Annual report of the Madras Medical College
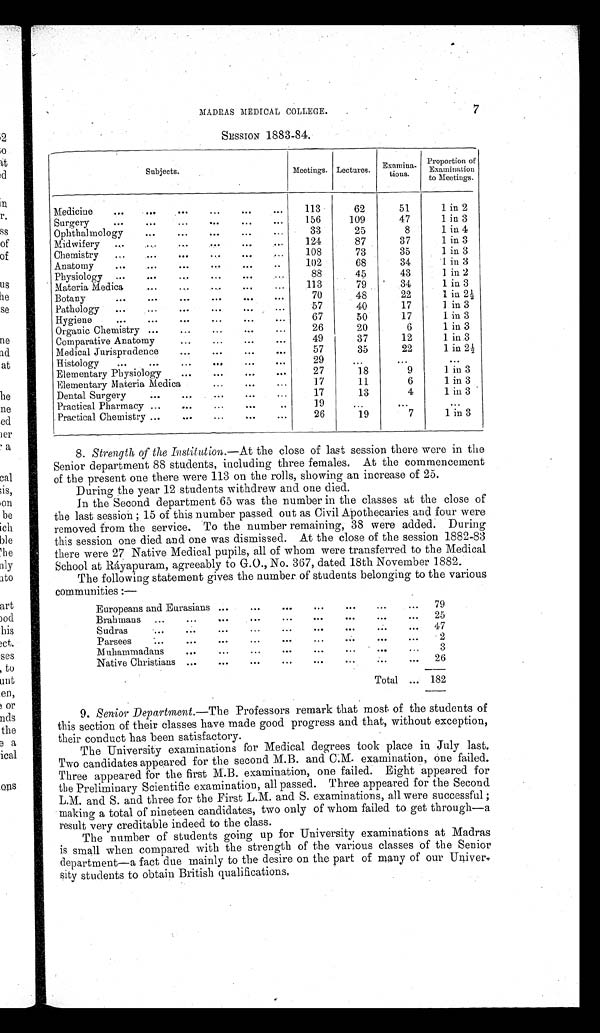
MADRAS MEDICAL COLLEGE.
7
SESSION 1883-84.
Subjects.
Meetings. Lectures.
Examina
tions.
Proportion of
Examination
to Meetings.
Medicine
113
62
51
1 in 2
Surgery
156
109
47
1 in 3
Ophthalmology
33
2 5
8
1 in 4
Midwifery
124
87
37
1 in 3
Chemistry
108
73
35
1 in 3
Anatomy
102
68
34
1 in 3
Physiology
88
45
43
1 in 2
Materia Medica
113
79
34
1 in 3
Botany
70
48
22
1 in 2
½
Pathology
57
40
17
1 in 3
Hygiene
67
50
17
1 in 3
Organic Chemistry
26
20
6
1 in 3
Comparative Anatomy
49
37
12
1 in 3
Medical Jurisprudence
57
35
22
1 in 2½
Histology
29
Elementary Physiology
27
18
9
1 in 3
Elementary Materia Medica
11
6
1 in 3
Dental Surgery
17
13
4
1 in 3
Practical Pharmacy
19
Practical Chemistry
26
19
7
1 in 3
8.
Strength of the Institution. —At the close of last session there were in the
Senior department 88 students, including three females. At the commencement
of the present one there were 113 on the rolls, showing an increase of 25.
During the year 12 students withdrew and one died.
In the Second department 65 was the number in the classes at the close of
the last session; 15 of this number passed out as Civil Apothecaries and four were
removed from the service. To the number remaining, 38 were added. During
this session one died and one was dismissed. At the close of the session 1882-83
there were 27 Native Medical pupils, all of whom were transferred to the Medical
School at Ráyapuram, agreeably to G.O., No. 367, dated 18th November 1882.
The following statement gives the number of students belonging to the various
communities:—
Europeans and Eurasians
79
Brahmans
25
Sudras
47
Parsees
2
Muhammadans
3
Native Christians
26
Total
182
9.
Senior Department. —The Professors remark that most of the students of
this section of their classes have made good progress and that, without exception,
their conduct has been satisfactory.
The University examinations for Medical degrees took place in July last.
Two candidates appeared for the second M.B. and C.M. examination, one failed.
Three appeared for the first M.B. examination, one failed. Eight appeared for
the Preliminary Scientific examination, all passed. Three appeared for the Second
L.M. and S. and three for the First L.M. and S. examinations, all were successful;
making a total of nineteen candidates, two only of whom failed to get through—a
result very creditable indeed to the class.
The number of students going up for University examinations at Madras
is small when compared with the strength of the various classes of the Senior
department—a fact due mainly to the desire on the part of many of our Univer
sity students to obtain British qualifications.